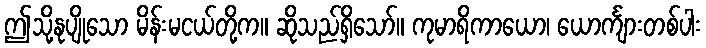
ဤသို့နုပျိုသော မိန်းမငယ်တို့က။ ဆိုသည်ရှိသော်။ ကုမာရိကာယော၊ ယောင်္ကျားတစ်ပါး